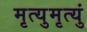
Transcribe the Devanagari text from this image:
मृत्युमृत्युं